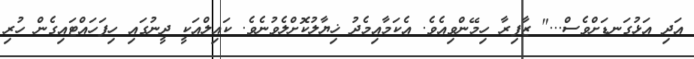
އަދި އަޅުގަނޑަށްވެސް..." ޒާފިރާ ހިމޭންވިއެވެ. އެކަމާއިމެދު ޚިޔާލުކޮށްލެވުނެވެ. ކައިލްއަކީ ދީނުގައި ހިފަހައްޓައިގެން ހުރި